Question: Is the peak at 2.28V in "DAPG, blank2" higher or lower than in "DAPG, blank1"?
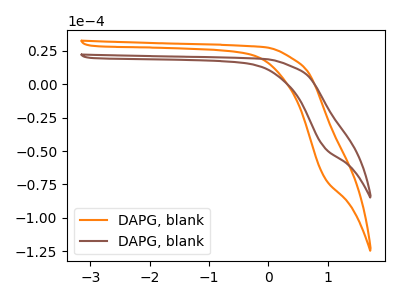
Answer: <think>The orange curve "DAPG, blank1" has no peaks. The brown curve "DAPG, blank2" has no peaks.</think>
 <answer>"DAPG, blank2" and "DAPG, blank1" dont share a peak at 2.28V.</answer>
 <eval>mismatch</eval>